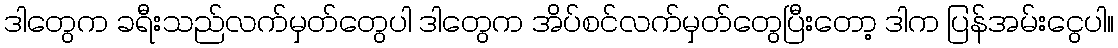
ဒါတွေက ခရီးသည်လက်မှတ်တွေပါ ဒါတွေက အိပ်စင်လက်မှတ်တွေပြီးတော့ ဒါက ပြန်အမ်းငွေပါ။